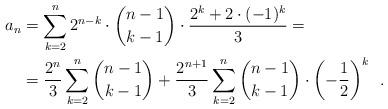
LaTeX: \begin{align*}a_n &= \sum_{k=2}^n 2^{n-k} \cdot \binom{n-1}{k-1} \cdot \frac{2^k + 2\cdot(-1)^k}{3} = \\ &= \frac{2^n}{3}\sum_{k=2}^{n} \binom{n-1}{k-1} + \frac{2^{n+1}}{3} \sum_{k=2}^{n} \binom{n-1}{k-1} \cdot \left ( - \frac{1}{2}\right )^k \enspace .\end{align*}